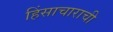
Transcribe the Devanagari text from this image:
हिंसाचाराची